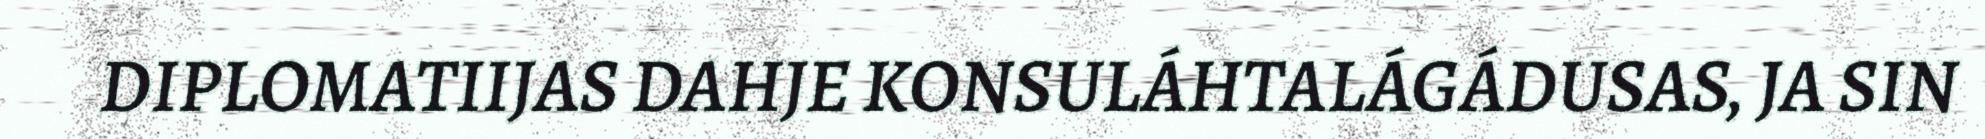
DIPLOMATIIJAS DAHJE KONSULÁHTALÁGÁDUSAS, JA SIN